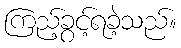
ကြည့်ခွင့်ရခဲ့သည်။